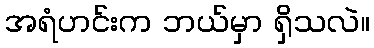
အရံဟင်းက ဘယ်မှာ ရှိသလဲ။